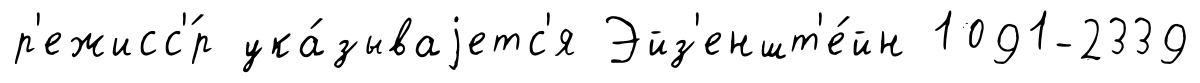
р'ежисс'́р ука́зываjетс'я Эйз'еншт'е́йн 1091-2339